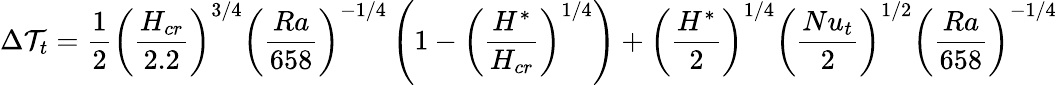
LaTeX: \Delta\mathcal{T}_{t}=\frac{{1}}{{2}}\left(\frac{{H_{cr}}}{{2.2}}\right)^{3/4}\left(\frac{{Ra}}{{658}}\right)^{-1/4}\left(1-\left(\frac{{H^{*}}}{{H_{cr}}}\right)^{1/4}\right)+\left(\frac{{H^{*}}}{{2}}\right)^{1/4}\left(\frac{{Nu_{t}}}{{2}}\right)^{1/2}\left(\frac{{Ra}}{{658}}\right)^{-1/4}